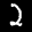
Digit: 2